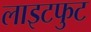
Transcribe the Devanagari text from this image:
लाइटफुट